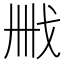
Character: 𢦫